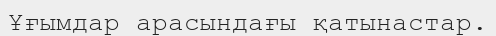
Ұғымдар арасындағы қатынастар.